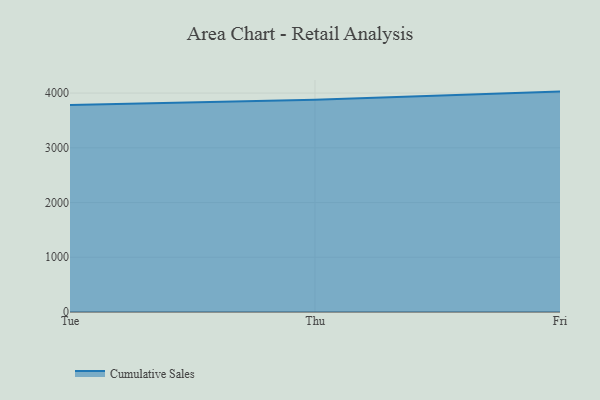
{"axis": {"x": "Day", "y": "Active Users"}, "legend": ["Cumulative Sales"], "data": [{"x": "Tue", "y": 3783.8, "type": "Cumulative Sales"}, {"x": "Thu", "y": 3878.2, "type": "Cumulative Sales"}, {"x": "Fri", "y": 4027.3, "type": "Cumulative Sales"}]}